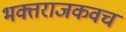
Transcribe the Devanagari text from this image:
भक्तराजकवच